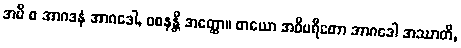
အပိ စ အာဂဒနံ အာဂဒေါ, ဝစနန္တိ အတ္ထော။ တယော အဝိပရီတော အာဂဒေါ အဿာတိ,